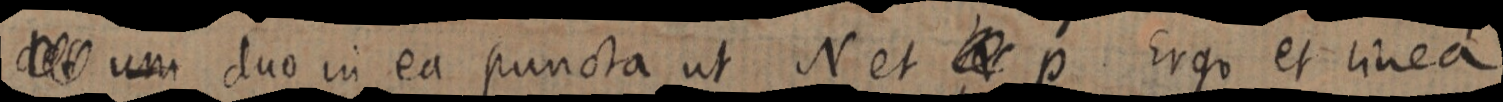
_ um duo in ea puncta ut N et _ p Ergo et linea